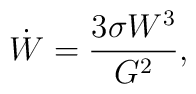
\dot{W} = \frac{3 \sigma W^3}{G^2},